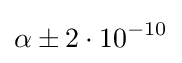
\alpha \pm 2\cdot 10^{-10}